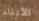
الأبناء